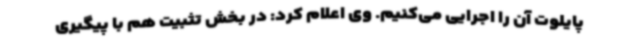
پایلوت آن را اجرایی می‌کنیم. وی اعلام کرد: در بخش تثبیت هم با پیگیری